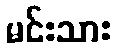
မင်းသား